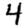
Digit: 4